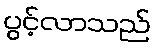
ပွင့်လာသည်